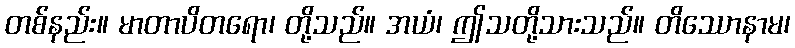
တစ်နည်း။ မာတာပိတရော၊ တို့သည်။ အယံ၊ ဤသတို့သားသည်။ တိဿောနာမ၊